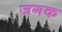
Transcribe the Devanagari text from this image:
जगक